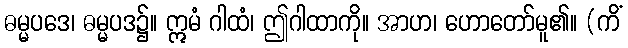
ဓမ္မပဒေ၊ ဓမ္မပဒ၌။ ဣမံ ဂါထံ၊ ဤဂါထာကို။ အာဟ၊ ဟောတော်မူ၏။ (ကိံ